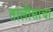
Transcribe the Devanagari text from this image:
तालीसाचा